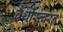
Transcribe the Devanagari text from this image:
वैथीस्व्वरन